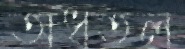
অধতল